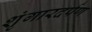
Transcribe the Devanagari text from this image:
शृंगारदर्पण